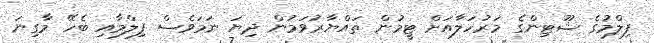
ފިލްމުގެ ޝޫޓިންގެ މަރުހަލާއަށް ޓީމުން ތައްޔާރުވަމުން ދިޔަ ނަމަވެސް ފިލްމާއި ބެހޭ މާގިނަ